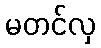
မတင်လှ